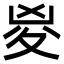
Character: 㚇